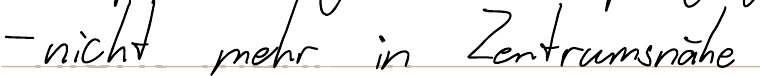
- nicht mehr in Zentrumsnähe